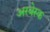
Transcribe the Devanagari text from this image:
अरबेस्क